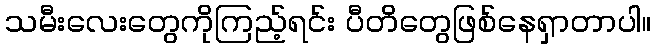
သမီးလေးတွေကိုကြည့်ရင်း ပီတိတွေဖြစ်နေရှာတာပါ။